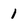
Character: 1